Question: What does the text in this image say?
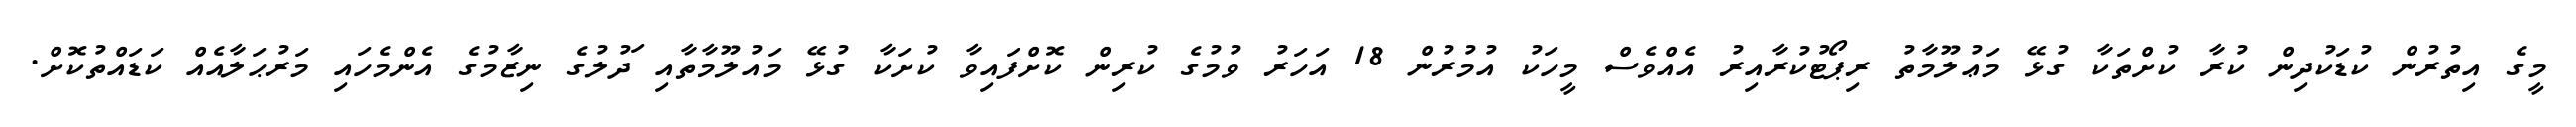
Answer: މީގެ އިތުރުން ކުޑަކުދިން ކުރާ ކުށްތަކާ ގުޅޭ މަޢުލޫމާތު ރިޕޯޓުކުރާއިރު އެއްވެސް މީހަކު އުމުރުން 18 އަހަރު ވުމުގެ ކުރިން ކޮށްފައިވާ ކުށަކާ ގުޅޭ މައުލޫމާތާއި ަދުލުގެ ނިޒާމުގެ އެންމެހައި މަރުޙަލާއެއް ކަޑައްތުކޮށް.